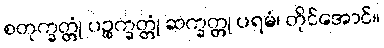
စတုက္ခတ္တုံ ပဉ္စက္ခတ္တုံ ဆက္ခတ္တု ပရမံ၊ တိုင်အောင်။